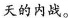
\underset{·}{天}的内战。